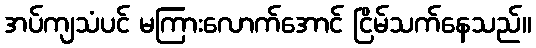
အပ်ကျသံပင် မကြားလောက်အောင် ငြိမ်သက်နေသည်။